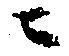
ニ